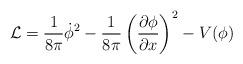
LaTeX: \begin{align*}{\cal L} = \frac{1}{8\pi} \dot{\phi}^2 - \frac{1}{8\pi}\left(\frac{\partial \phi}{\partial x}\right)^2 - V(\phi)\end{align*}